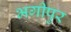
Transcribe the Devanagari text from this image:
भगीपुर